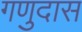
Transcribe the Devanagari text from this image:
गणुदास